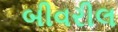
બીવરીલ